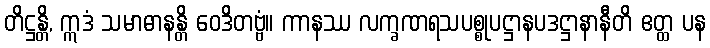
တိဋ္ဌန္တိ, ဣဒံ သမာဓာနန္တိ ဝေဒိတဗ္ဗံ။ ကာနဿ လက္ခဏရသပစ္စုပဋ္ဌာနပဒဋ္ဌာနာနီတိ ဧတ္ထ ပန